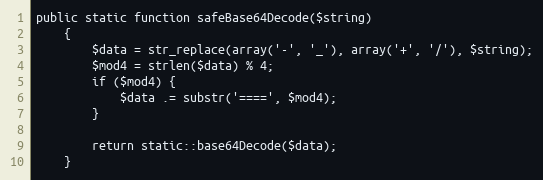
Language: PHP
public static function safeBase64Decode($string)
    {
        $data = str_replace(array('-', '_'), array('+', '/'), $string);
        $mod4 = strlen($data) % 4;
        if ($mod4) {
            $data .= substr('====', $mod4);
        }

        return static::base64Decode($data);
    }